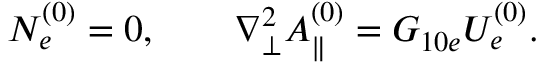
N _ { e } ^ { ( 0 ) } = 0 , \qquad \nabla _ { \perp } ^ { 2 } A _ { \parallel } ^ { ( 0 ) } = G _ { 1 0 e } U _ { e } ^ { ( 0 ) } .